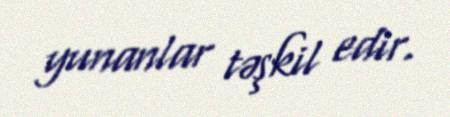
yunanlar təşkil edir.